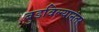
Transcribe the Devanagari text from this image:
बुडविल्यानंतर